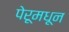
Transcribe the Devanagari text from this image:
पेरूमधून